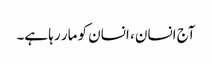
آج انسان ، انسان کو مار رہا ہے۔